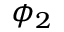
\phi _ { 2 }